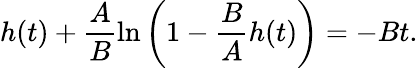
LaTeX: h(t)+\frac{A}{B}\ln\left(1-\frac BAh(t)\right)=-Bt.